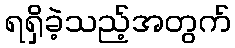
ရရှိခဲ့သည့်အတွက်